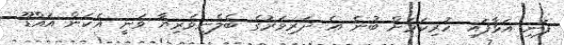
ފަނި އަޅާފައި ހުރިކަމަށް ބުނެ އެ ދަރިވަރުގެ ބެލެނިވެރިޔާ ވަނީ އެކަން އައްޑޫ